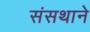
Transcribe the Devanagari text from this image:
संसथाने